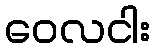
ဝေလငါး